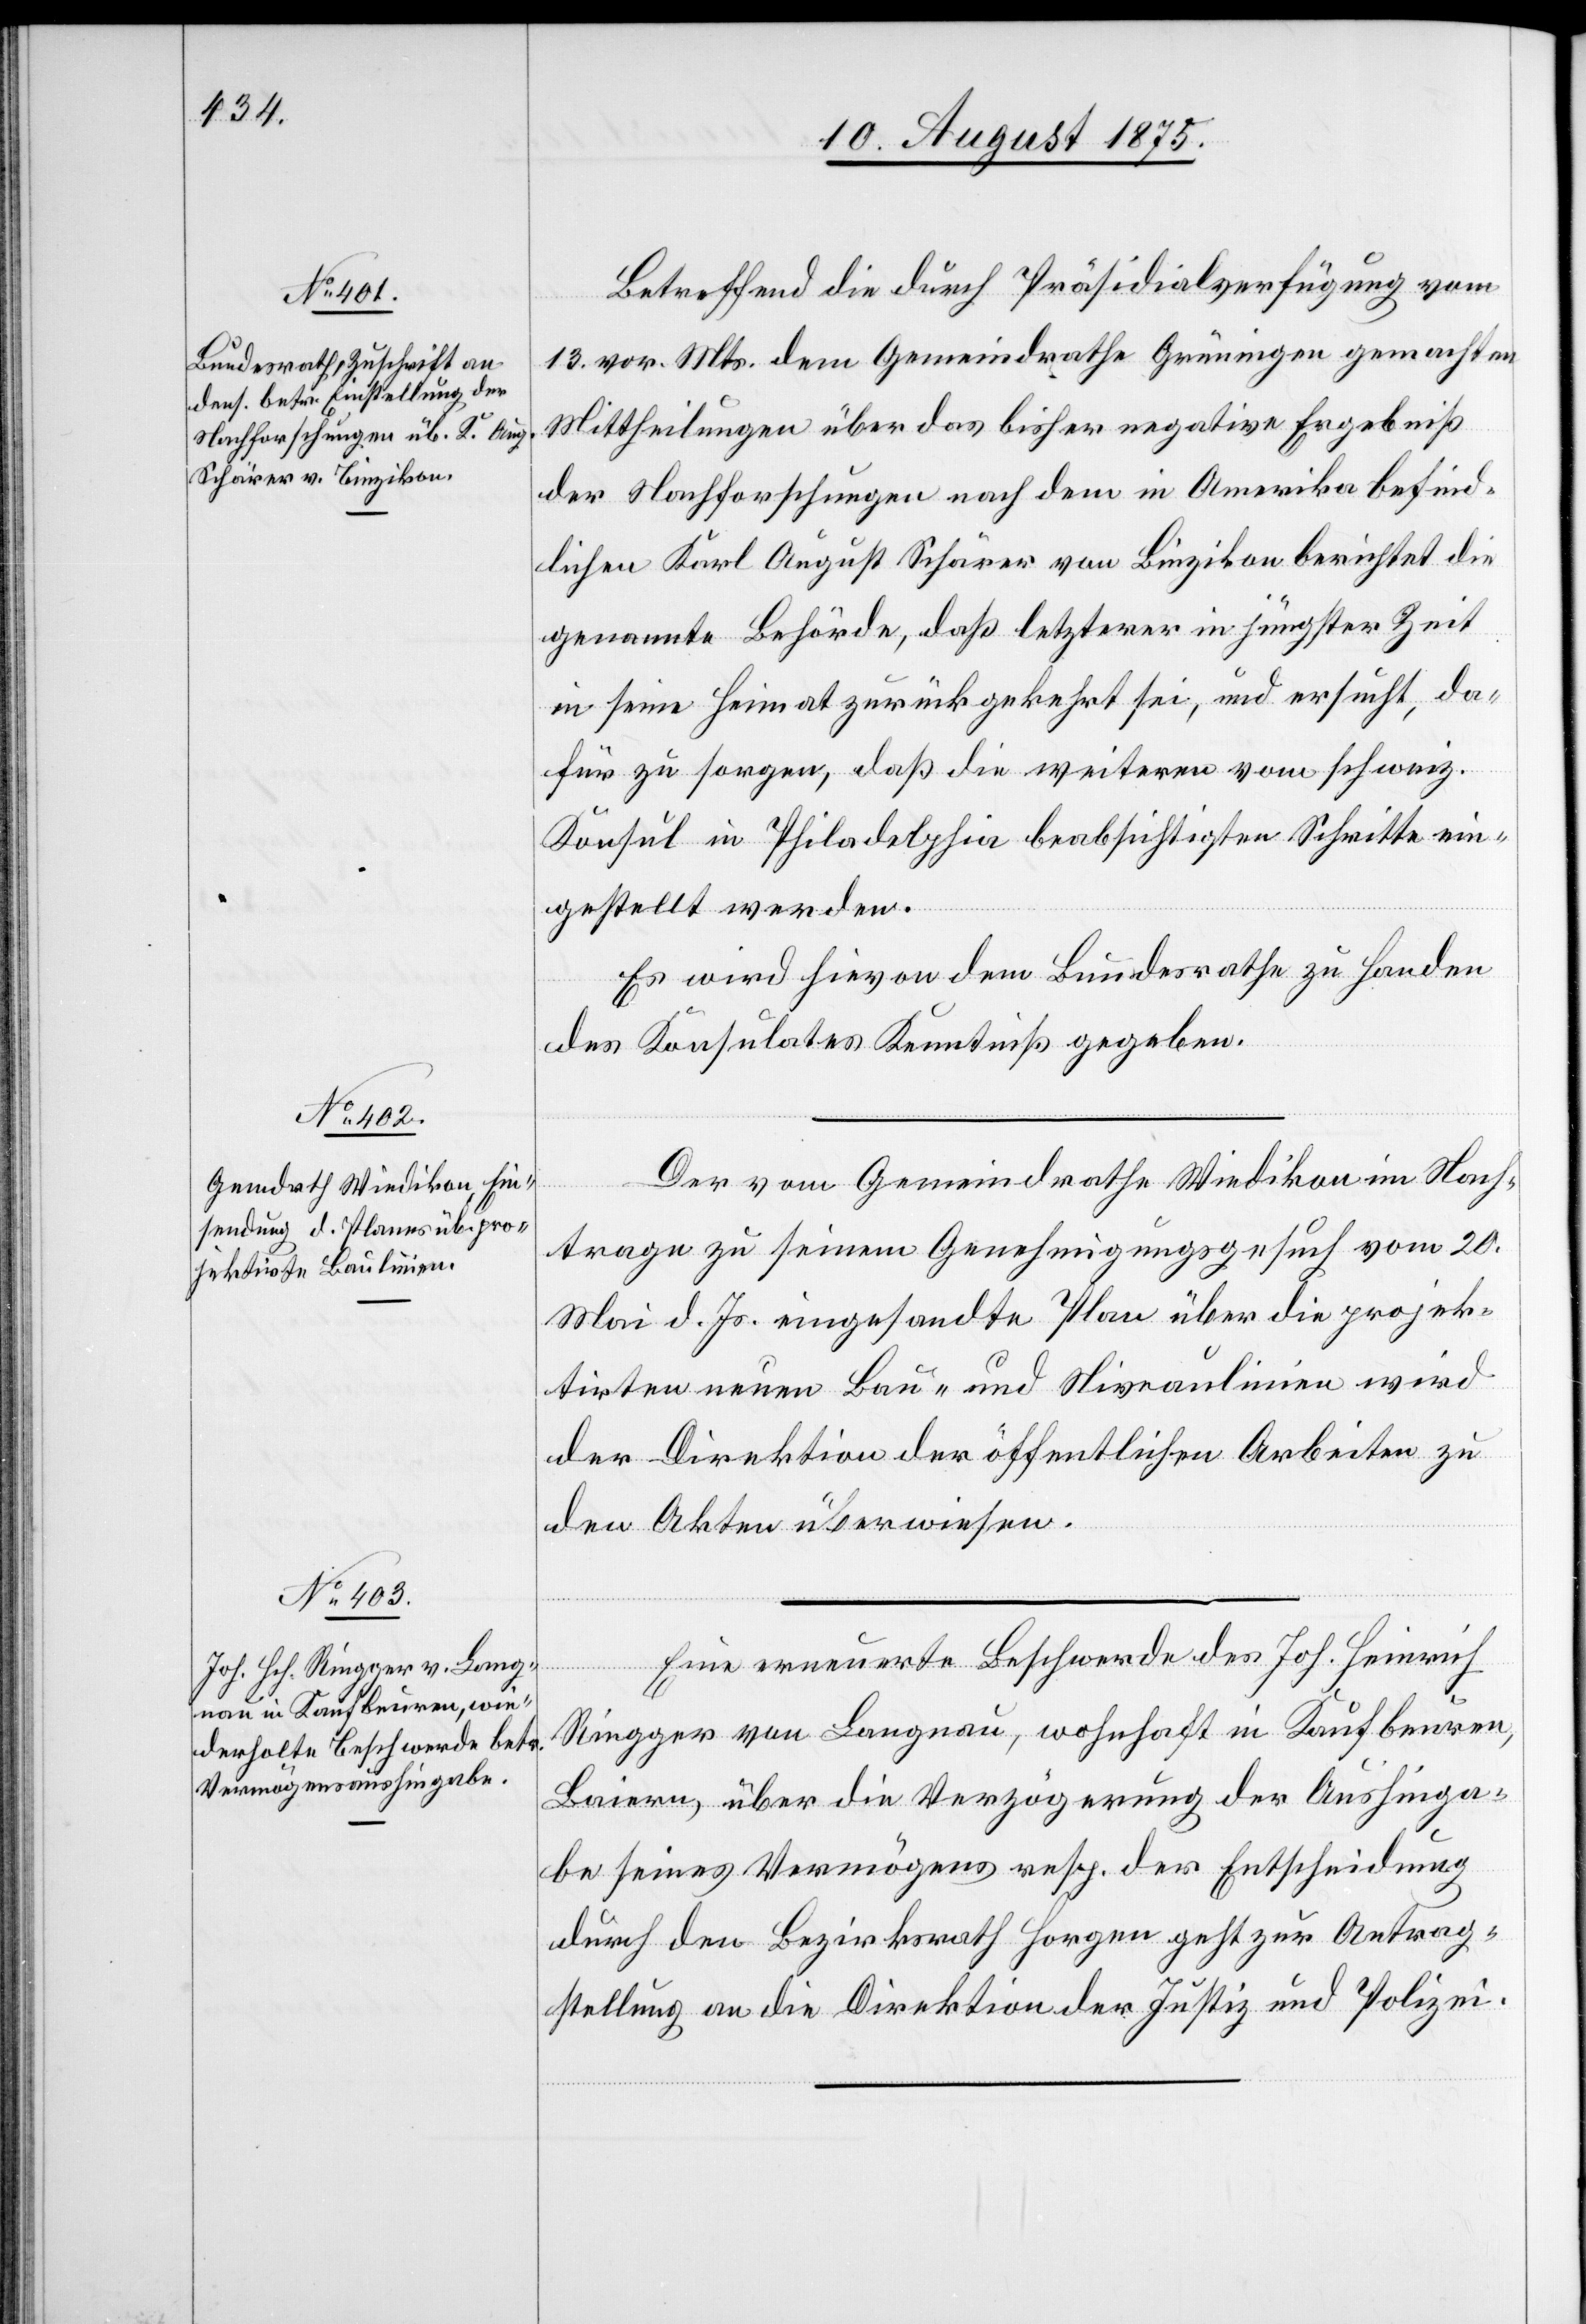
12. August 1875.]
Betreffend die durch Präsidialverfügung vom
13. vor. Mts. dem Gemeindrathe Grüningen gemachten
Mittheilungen über das bisher negative Ergebniß
der Nachforschungen nach dem in Amerika befind¬
lichen Karl August Schärer von Binzikon berichtet die
genannte Behörde, daß letzterer in jüngster Zeit
in seine Heimat zurückgekehrt sei, und ersucht, da¬
für zu sorgen, daß die weitern vom schweiz.
Konsul in Philadelphia beabsichtigten Schritte ein¬
gestellt werden.
Es wird hievon dem Bundesrathe zu Handen
des Konsulates Kenntniß gegeben.
Der vom Gemeindrathe Wiedikon im Nach¬
trage zu seinem Genehmigungsgesuch vom 20.
Mai d. Js. eingesandte Plan über die projek¬
tirten neuen Bau- und Niveaulinien wird
der Direktion der öffentlichen Arbeiten zu
den Akten überwiesen.
Eine erneuerte Beschwerde des Joh. Heinrich
Ringger von Langnau, wohnhaft in Kaufbeuren,
Baiern, über die Verzögerung der Aushinga¬
be seines Vermögens resp. der Entscheidung
durch den Bezirksrath Horgen geht zur Antrag¬
stellung an die Direktion der Justiz und Polizei.